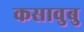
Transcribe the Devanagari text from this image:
कसावुबु